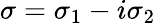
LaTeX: \sigma=\sigma_{1}-i\sigma_{2}